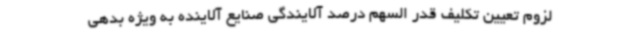
لزوم تعیین تکلیف قدر السهم درصد آلایندگی صنایع آلاینده به ویژه بدهی